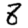
Digit: 8